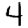
Digit: 4